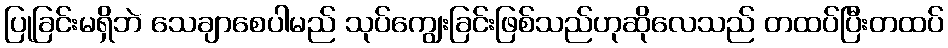
ပြုခြင်းမရှိဘဲ သေချာစေပါမည် သုပ်ကျွေးခြင်းဖြစ်သည်ဟုဆိုလေသည် တထပ်ပြီးတထပ်